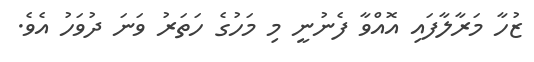
ޒުހާ މަރާލާފައި އޮއްވާ ފެނުނީ މި މަހުގެ ހަތަރު ވަނަ ދުވަހު އެވެ.